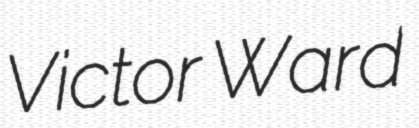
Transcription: Victor Ward